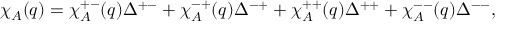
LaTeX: \chi _ { A } ( q ) = \chi _ { A } ^ { + - } ( q ) \Delta ^ { + - } + \chi _ { A } ^ { - + } ( q ) \Delta ^ { - + } + \chi _ { A } ^ { + + } ( q ) \Delta ^ { + + } + \chi _ { A } ^ { -- } ( q ) \Delta ^ { -- } ,